Indian journal of veterinary science and animal husbandry - Volume 5,
Year: 1935
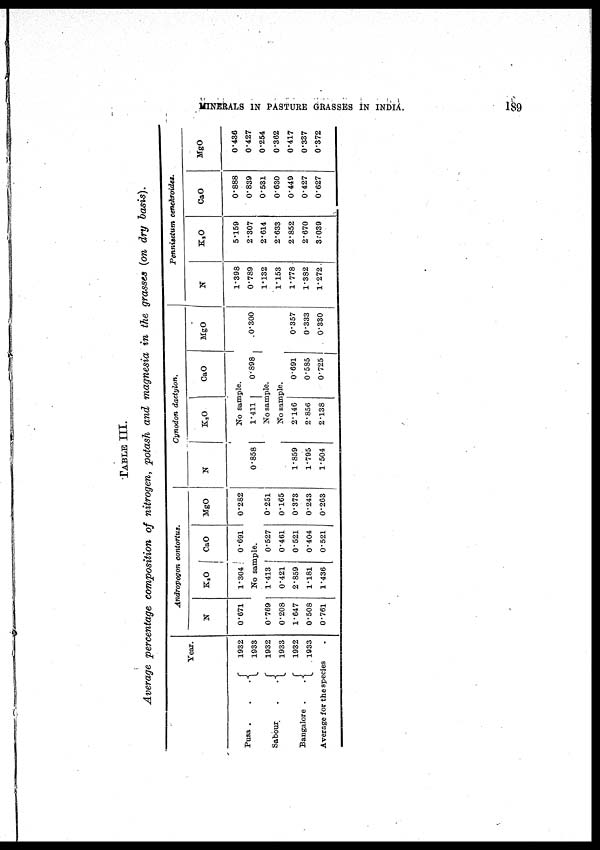
MINERALS IN PASTURE GRASSES IN INDIA.
189
TABLE III.
Average percentage composition of nitrogen, potash and magnesia in the grasses (on dry basis).
Pusa
.
.
.
Sabour
.
.
.
Bangalore .
.
Year.
1932
1933
1932
1933
1932
1933
Average for the species .
Andropogon
contortus.
N
0.671
K 2 O
1.304
CaO
0.691
MgO
0.282
No sample.
0.769
0.208
1.647
0.508
0.761
1.413
0.421
2.859
1.181
1.436
0.527
0.461
0.521
0.404
0.521
0.251
0.165
0.373
0.243
0.263
Cynodon dactylon.
N
K 2 O
CaO
MgO
No sample.
0.858
1.411
0.898
0.300
No sample.
No sample.
1.859
1.795
1.504
2.146
2.856
2.138
0.691
0.585
0.725
0.357
0.333
0.330
Pennisetum
cenchroides.
N
1.398
0.789
1.132
1.153
1.778
1.382
1.272
K 2 O
5.159
2.307
2.614
2.633
2.852
2.670
3.039
CaO
0.888
0.839
0.531
0.630
0.449
0.427
0.627
MgO
0.436
0.427
0.254
0.362
0.417
0.337
0.372